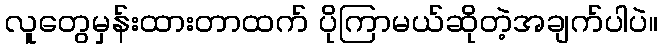
လူတွေမှန်းထားတာထက် ပိုကြာမယ်ဆိုတဲ့အချက်ပါပဲ။